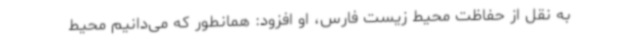
به نقل از حفاظت محیط زیست فارس، او افزود: همانطور که می‌دانیم محیط